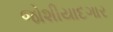
જોશીયાદગાર